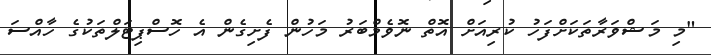
"މި މަޝްވަރާތަކަށްފަހު ކުރިއަށް އޮތް ނޮވެމްބަރު މަހުން ފެށިގެން އެ ހޮސްޕިޓަލްތަކުގެ ހާއްސަ